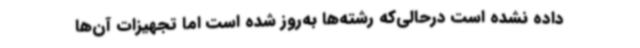
داده نشده است درحالی‌که رشته‌ها به‌روز شده است اما تجهیزات آن‌ها